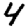
Digit: 4